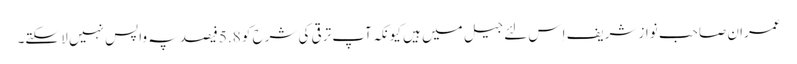
عمران صاحب نواز شریف اِس لئے جیل میں ہیں کیونکہ آپ ترقی کی شرح کو 5.8 فیصد پہ واپس نہیں لا سکتے۔